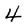
Character: 4